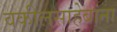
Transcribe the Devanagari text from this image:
वकीलसाहेबांना